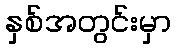
နှစ်အတွင်းမှာ